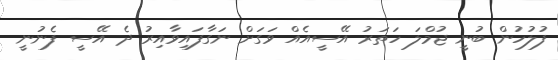
ފުލުހުން ބުނީ ޖުމްލަ ހަތަރު އޭސީއެއް ވަގަށް ނަގާފައިވާއިރު ދެ އޭސީ ފެނުނީ